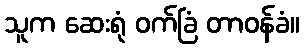
သူက ဆေးရုံ ဝက်ခြံ တာဝန်ခံ။